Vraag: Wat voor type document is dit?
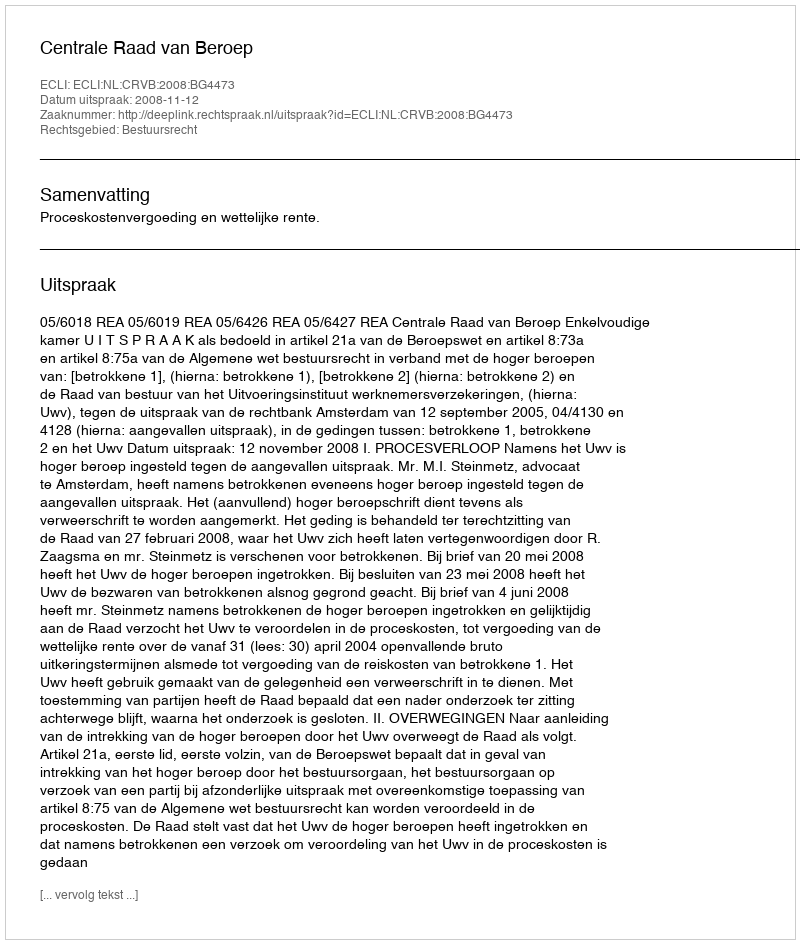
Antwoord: Uitspraak